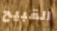
القبيح